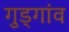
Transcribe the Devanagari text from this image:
गुड्गांव